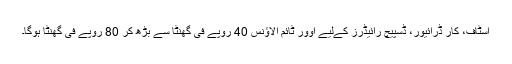
اسٹاف، کار ڈرائیور، ڈسپیچ رائیڈرز کےلیے اوور ٹائم الاؤنس 40 روپے فی گھنٹا سے بڑھ کر 80 روپے فی گھنٹا ہوگا۔